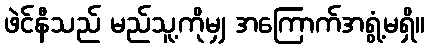
ဖဲင်နီသည် မည်သူ့ကိုမျှ အကြောက်အရွံ့မရှိ။